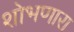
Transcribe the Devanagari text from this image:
शोभणारा